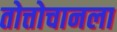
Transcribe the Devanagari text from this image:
तोत्तोचानला